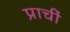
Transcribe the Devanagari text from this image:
प्राचीं